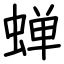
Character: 蝉